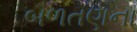
બળતણના